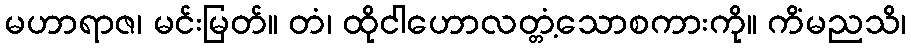
မဟာရာဇ၊ မင်းမြတ်။ တံ၊ ထိုငါဟောလတ္တံ့သောစကားကို။ ကိံမညသိ၊